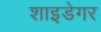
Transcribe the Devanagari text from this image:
शाइडेगर